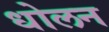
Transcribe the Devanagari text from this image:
धोलन